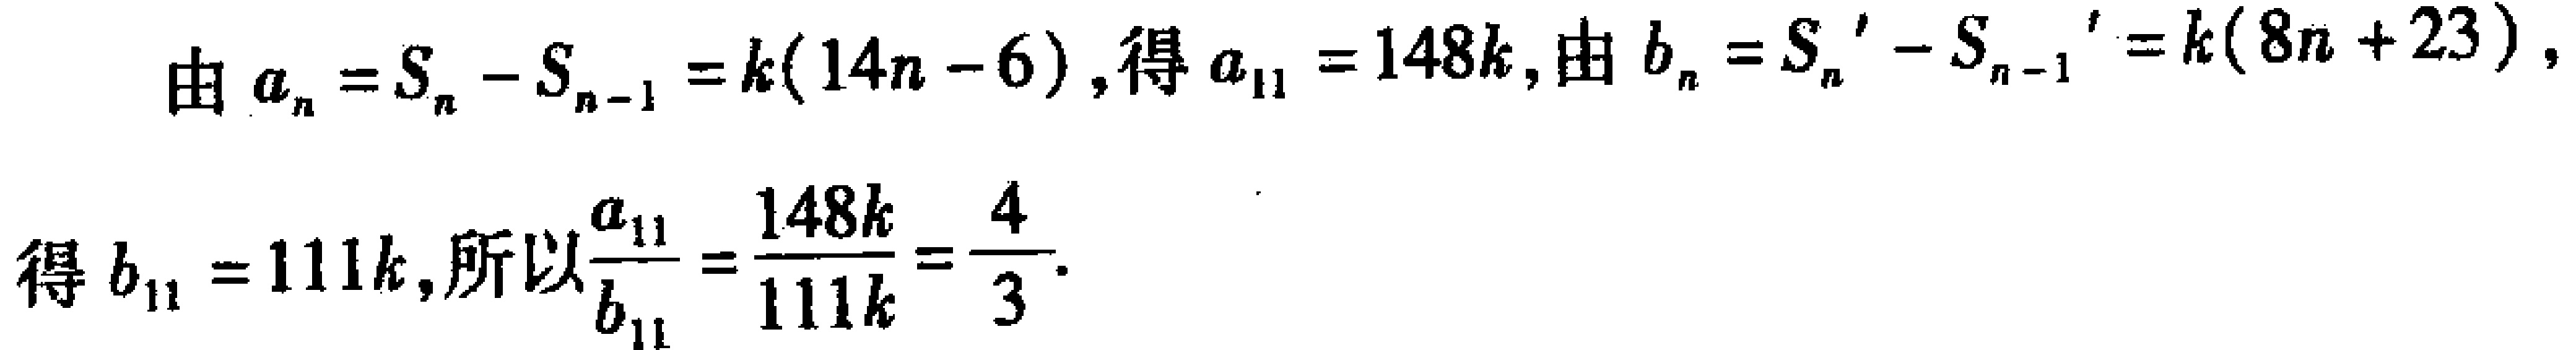
由 \(a_{n}=S_{n}-S_{n - 1}=k(14n - 6)\)，得 \(a_{11}=148k\)，由 \(b_{n}=S_{n}'-S_{n - 1}'=k(8n + 23)\)，得 \(b_{11}=111k\)，所以\(\frac{a_{11}}{b_{11}}=\frac{148k}{111k}=\frac{4}{3}\)。